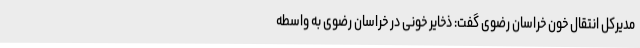
مدیرکل انتقال خون خراسان رضوی گفت: ذخایر خونی در خراسان رضوی به واسطه